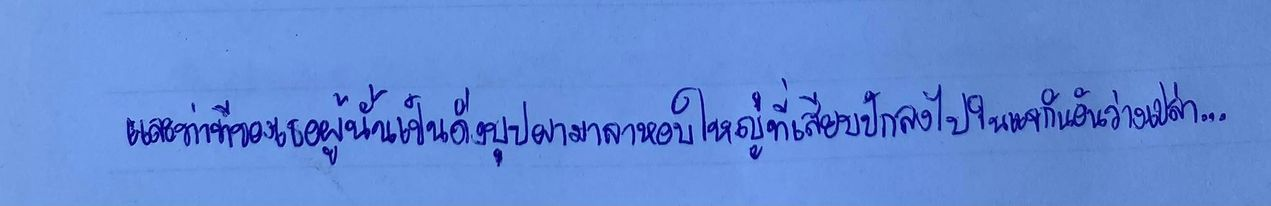
และท่าทีของเธอผู้นั้นเป็นดั่งบุปผามาลาหอบใหญ่ที่เสียบปักลงไปในแจกันอันว่างเปล่า...